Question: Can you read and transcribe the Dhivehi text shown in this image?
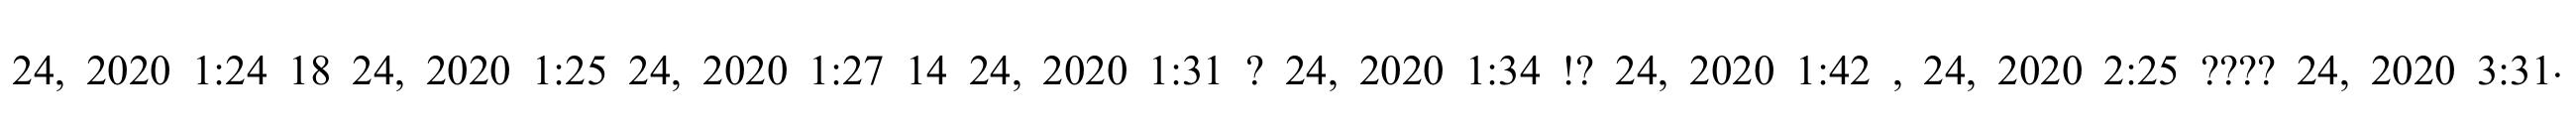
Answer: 24, 2020 1:24 18 24, 2020 1:25 24, 2020 1:27 14 24, 2020 1:31 ? 24, 2020 1:34 !? 24, 2020 1:42 , 24, 2020 2:25 ???? 24, 2020 3:31.